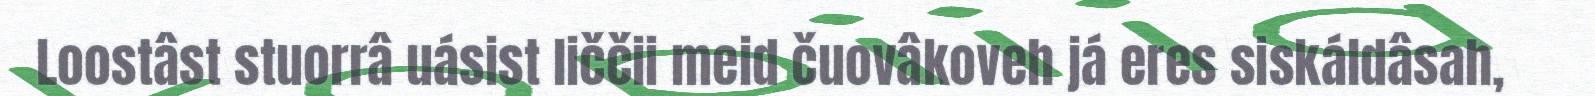
Loostâst stuorrâ uásist liččii meid čuovâkoveh já eres siskáldâsah,